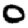
Digit: 0